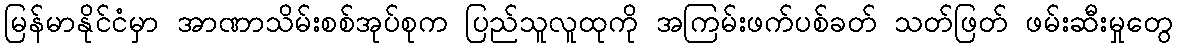
မြန်မာနိုင်ငံမှာ အာဏာသိမ်းစစ်အုပ်စုက ပြည်သူလူထုကို အကြမ်းဖက်ပစ်ခတ် သတ်ဖြတ် ဖမ်းဆီးမှုတွေ